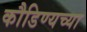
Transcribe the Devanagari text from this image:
कौडिण्यच्या